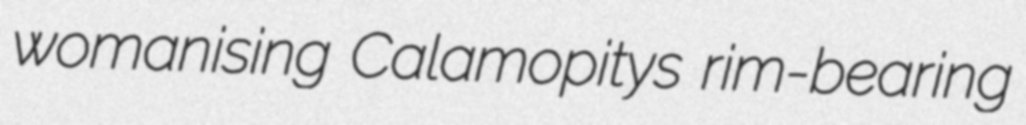
womanising Calamopitys rim-bearing